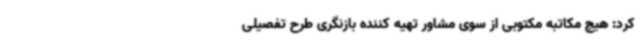
کرد: هیچ مکاتبه مکتوبی از سوی مشاور تهیه کننده بازنگری طرح تفصیلی